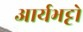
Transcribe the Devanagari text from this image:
आर्यभट्टो